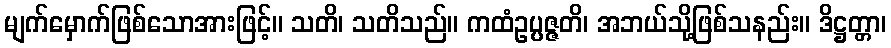
မျက်မှောက်ဖြစ်သောအားဖြင့်။ သတိ၊ သတိသည်။ ကထံဥပ္ပဇ္ဇတိ၊ အဘယ်သို့ဖြစ်သနည်း။ ဒိဋ္ဌတ္တာ၊